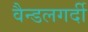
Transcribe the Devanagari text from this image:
वैन्डलगर्दी